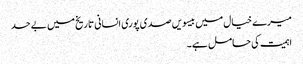
میرے خیال میں بیسویں صدی پوری انسانی تاریخ میں بے حد
اہمیت کی حامل ہے۔